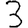
Digit: 3